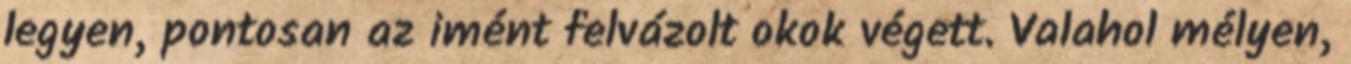
legyen, pontosan az imént felvázolt okok végett. Valahol mélyen,